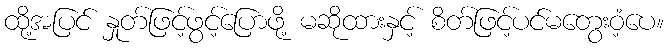
ထို့အပြင် နှုတ်ဖြင့်ဖွင့်ပြောဖို့ မဆိုထားနှင့် စိတ်ဖြင့်ပင်မတွေးဝံ့ပေ။